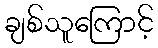
ချစ်သူကြောင့်